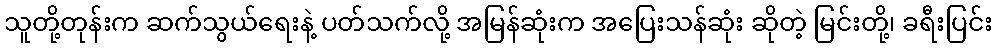
သူတို့တုန်းက ဆက်သွယ်ရေးနဲ့ ပတ်သက်လို့ အမြန်ဆုံးက အပြေးသန်ဆုံး ဆိုတဲ့ မြင်းတို့၊ ခရီးပြင်း